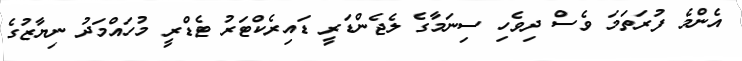
އެންމެ ފުރަތަމަ ވެސް ދިވެހި ސިނަމާގެ ލެޖެންޑަރީ ޑައިރެކްޓަރު ޓެޑްރީ މުހައްމަދު ނިޔާޒުގެ